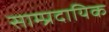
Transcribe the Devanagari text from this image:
साम्‍प्रदायिक